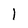
Character: l